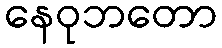
နေဝုဘတော